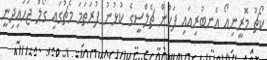
ކޯޗު މޮރީނިއޯ އެނބުރިއައި ފަހުން ޗެލްސީގެ ކުޅުނު ފުރަތަމަ މެޗުގައި ގޯލު ޖަހައިދިނީ